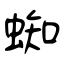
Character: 蜘